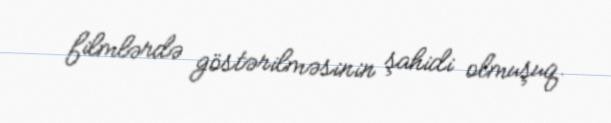
filmlərdə göstərilməsinin şahidi olmuşuq.